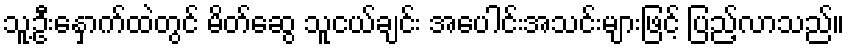
သူ့ဦးနှောက်ထဲတွင် မိတ်ဆွေ သူငယ်ချင်း အပေါင်းအသင်းများဖြင့် ပြည့်လာသည်။